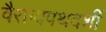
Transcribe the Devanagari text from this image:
वैराग्यपथदर्शी